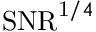
\mathrm { S N R } ^ { \mathrm 1 / 4 }